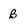
Character: B